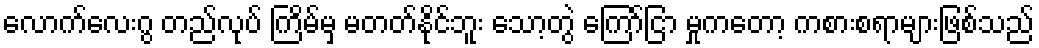
လောက်လေးဂွ တည်လုပ် ကြိမ်မှ မတတ်နိုင်ဘူး သော့တွဲ ကြော်ငြာ မှုကတော့ ကစားစရာများဖြစ်သည်